Annual administration and progress report of the Indian Medical Department, Bombay
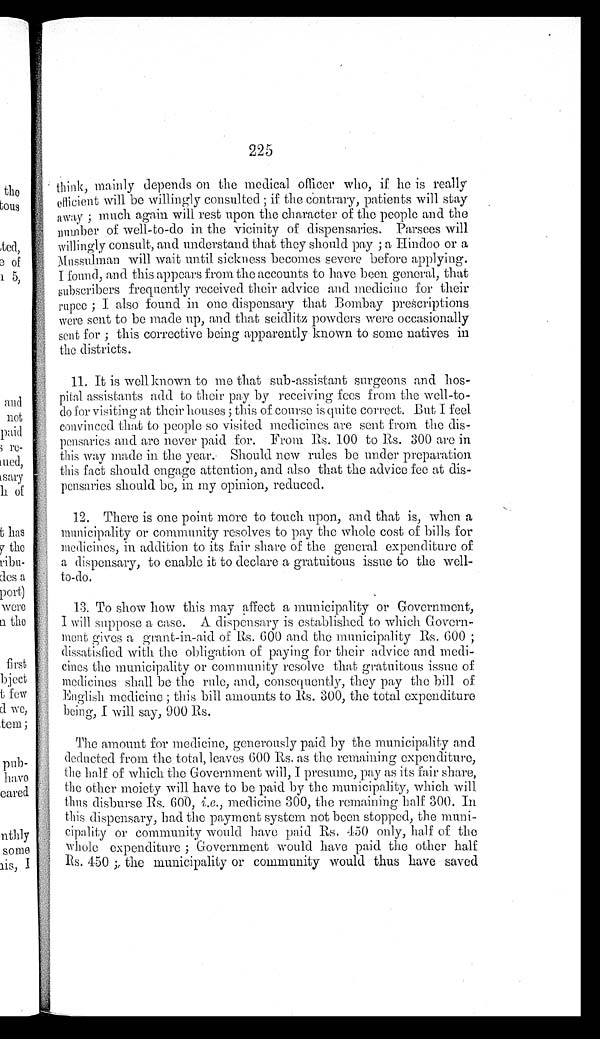
225
think, mainly depends on the medical officer who, if he is really
efficient will be willingly consulted; if the contrary, patients will stay
away; much again will rest upon the character of the people and the
number of well-to-do in the vicinity of dispensaries. Parsees will
willingly consult, and understand that they should pay; a Hindoo or a
M u s s u l m a n w i l l w a i t u n t i l s i c k n e s s b e c o m e s s e v e r e b e f o r e a p p l y i n g .
I found, and this appears from the accounts to have been general, that
subscribers frequently received their advice and medicine for their
rupee; I also found in one dispensary that Bombay prescriptions
were sent to be made up, and that seidlitz powders were occasionally
sent for; this corrective being apparently known to some natives in
the districts.
11. It is well known to me that sub-assistant surgeons and hos
-
pital assistants add to their pay by receiving fees from the well-to
-
do for visiting at their houses; this of course is quite correct. But I feel
convinced that to people so visited medicines are sent from the dis
-
pensaries and are never paid for. From Rs. 100 to Rs. 300 are in
this way made in the year. Should new rules be under preparation
this fact should engage attention, and also that the advice fee at dis
-
pensaries should be, in my opinion, reduced.
12. There is one point more to touch upon, and that is, when a
municipality or community resolves to pay the whole cost of bills for
medicines, in addition to its fair share of the general expenditure of
a dispensary, to enable it to declare a gratuitous issue to the well
-
to-do.
13. To show how this may affect a municipality or Government,
I will suppose a case. A dispensary is established to which Govern
-
ment gives a grant-in-aid of Rs. 600 and the municipality Rs. 600;
dissatisfied with the obligation of paying for their advice and medi
-
cines the municipality or community resolve that gratuitous issue of
medicines shall be the rule, and, consequently, they pay the bill of
English medicine; this bill amounts to Rs. 300, the total expenditure
being, I will say, 900 Rs.
The amount for medicine, generously paid by the municipality and
deducted from the total, leaves 600 Rs. as the remaining expenditure,
t h
e h a l f o f w h i c h t h e G o v e r n m e n t w i l l , I p r e s u m e , p a y a s i t s f a i r s h a r e ,
the other moiety will have to be paid by the municipality, which will
thus disburse Rs. 600, i.e ., medicine 300, the remaining half 300. In
this dispensary, had the payment system not been stopped, the muni
-
c i p a l i t y o r c o m m u n i t y w o u l d h a v e p a i d R s . 4 5 0 o n l y , h a l f o f t h e
Whole expenditure; Government would have paid the other half
R s . 4 5 0 ; t h e m u n i c i p a l i t y o r c o m m u n i t y w o u l d t h u s h a v e s a v e d